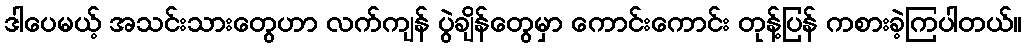
ဒါပေမယ့် အသင်းသားတွေဟာ လက်ကျန် ပွဲချိန်တွေမှာ ကောင်းကောင်း တုန့်ပြန် ကစားခဲ့ကြပါတယ်။